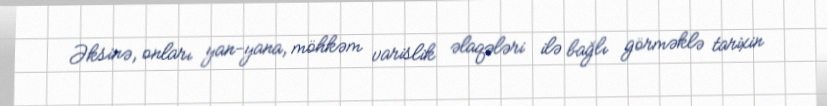
Əksinə, onları yan-yana, möhkəm varislik əlaqələri ilə bağlı görməklə tarixin